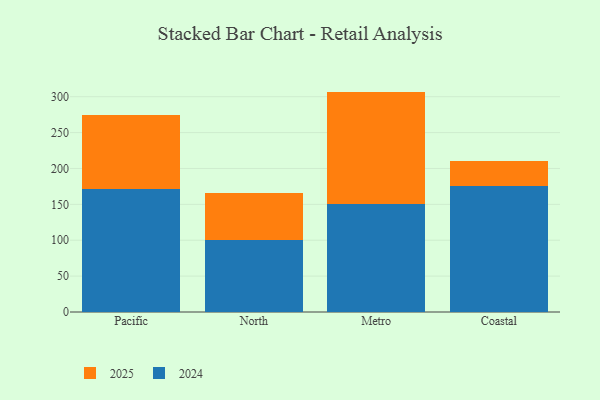
{"axis": {"x": "Region", "y": "Conversion Rate (%)"}, "legend": ["2024", "2025"], "data": [{"x": "Pacific", "y": 170.7, "type": "2024"}, {"x": "Pacific", "y": 103.4, "type": "2025"}, {"x": "North", "y": 100.4, "type": "2024"}, {"x": "North", "y": 65.9, "type": "2025"}, {"x": "Metro", "y": 150.2, "type": "2024"}, {"x": "Metro", "y": 156.9, "type": "2025"}, {"x": "Coastal", "y": 175.7, "type": "2024"}, {"x": "Coastal", "y": 35.1, "type": "2025"}]}